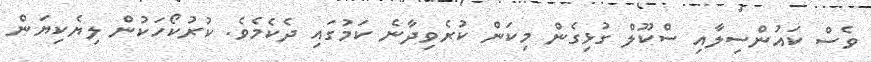
ވެސް ކައުންސިލާއި ސްކޫލް ގުޅިގެން މިކަން ކުރެވިދާނެ ކަމުގައި ދެކެމެވެ. ކުރުކޯހަކުން ލިޔެކިޔަން